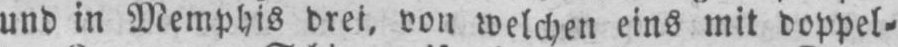
und in Memphis drei, von welchen eins mit doppel⸗